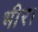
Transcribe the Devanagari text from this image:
भीर।